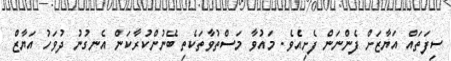
ސިފަތައް އަޔާޒަށް ފެންނަން ފެށިއެވެ. މައުވާ މަސްތުވާތަކެތި ބޭނުންކުރާކަން އެނގުނު ދުވަހު އަޔާޒް